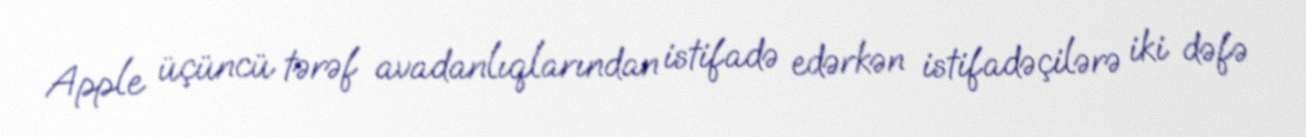
Apple üçüncü tərəf avadanlıqlarından istifadə edərkən istifadəçilərə iki dəfə